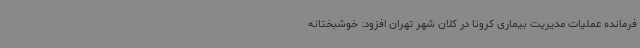
فرمانده عملیات مدیریت بیماری کرونا در کلان شهر تهران افزود: خوشبختانه